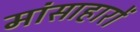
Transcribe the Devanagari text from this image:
मांसाहारों